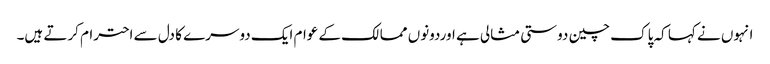
انہوں نے کہا کہ پاک چین دوستی مثالی ہے اوردونوں ممالک کے عوام ایک دوسرے کا دل سے احترام کرتے ہیں۔